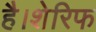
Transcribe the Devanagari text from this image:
है।शेरिफ